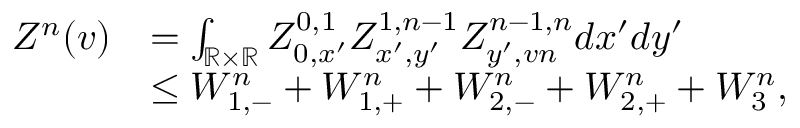
\begin{array} { r l } { Z ^ { n } ( v ) } & { = \int _ { \mathbb { R } \times \mathbb { R } } Z _ { 0 , x ^ { \prime } } ^ { 0 , 1 } Z _ { x ^ { \prime } , y ^ { \prime } } ^ { 1 , n - 1 } Z _ { y ^ { \prime } , v n } ^ { n - 1 , n } d x ^ { \prime } d y ^ { \prime } } \\ & { \le W _ { 1 , - } ^ { n } + W _ { 1 , + } ^ { n } + W _ { 2 , - } ^ { n } + W _ { 2 , + } ^ { n } + W _ { 3 } ^ { n } , } \end{array}